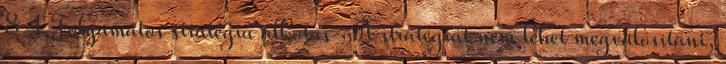
8 4.Folyamatos stratégia alkotás „A stratégiát nem lehet megvalósítani,